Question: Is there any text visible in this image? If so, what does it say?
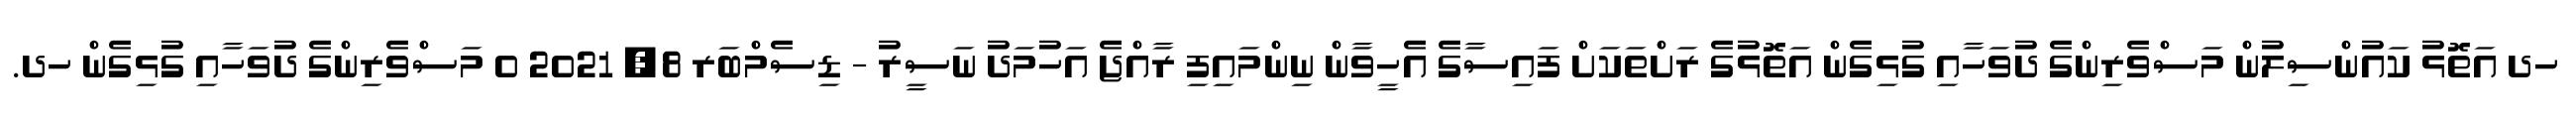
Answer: ހދ އަތޮޅު ކައުންސިލުން މަސްވެރިންގެ ދުވަހާއި ގުޅިގެން އަތޮޅުގެ ރަށްތަކަށް ފައިސާގެ އެހީވާން ނިންމައިފި ރާއްޖެ އަހުމަދު ނަސީރު - ޑިސެމްބަރ 8, 2021 0 މަސްވެރިންގެ ދުވަހާއި ގުޅިގެން ހދ.